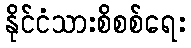
နိုင်ငံသားစိစစ်ရေး